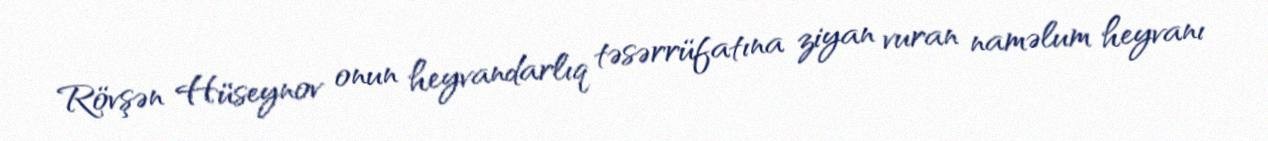
Rövşən Hüseynov onun heyvandarlıq təsərrüfatına ziyan vuran naməlum heyvanı